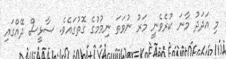
މި އަދަދު މާނަ ކުރެވެނީ މަރު ނުވަތަ ނިމުމުގެ ގޮތުގައެވެ. ސާޅީސް ދޭއްގައި